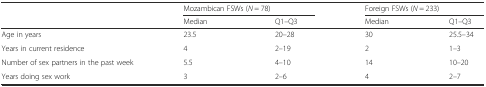
<table><thead><tr><td></td><td colspan="2"><b>Mozambican FSWs (<i>N</i> = 78)</b></td><td colspan="2"><b>Foreign FSWs (<i>N</i> = 233)</b></td></tr><tr><td></td><td><b>Median</b></td><td><b>Q1–Q3</b></td><td><b>Median</b></td><td><b>Q1–Q3</b></td></tr></thead><tbody><tr><td>Age in years</td><td>23.5</td><td>20–28</td><td>30</td><td>25.5–34</td></tr><tr><td>Years in current residence</td><td>4</td><td>2–19</td><td>2</td><td>1–3</td></tr><tr><td>Number of sex partners in the past week</td><td>5.5</td><td>4–10</td><td>14</td><td>10–20</td></tr><tr><td>Years doing sex work</td><td>3</td><td>2–6</td><td>4</td><td>2–7</td></tr></tbody></table>